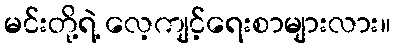
မင်းတို့ရဲ့ လေ့ကျင့်ရေးစာများလား။